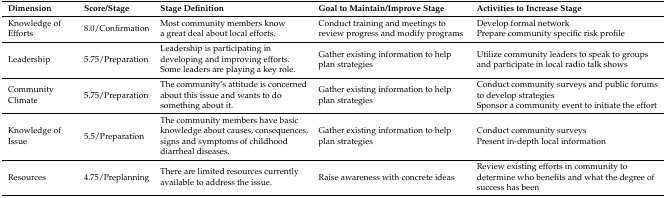
<table><thead><tr><td><b>Dimension</b></td><td><b>Score/Stage</b></td><td><b>Stage Definition</b></td><td><b>Goal to Maintain/Improve Stage</b></td><td><b>Activities to Increase Stage</b></td></tr></thead><tbody><tr><td>Knowledge of Efforts</td><td>8.0/Confirmation</td><td>Most community members know a great deal about local efforts.</td><td>Conduct training and meetings to review progress and modify programs</td><td>Develop formal networkPrepare community specific risk profile</td></tr><tr><td>Leadership</td><td>5.75/Preparation</td><td>Leadership is participating in developing and improving efforts. Some leaders are playing a key role.</td><td>Gather existing information to help plan strategies</td><td>Utilize community leaders to speak to groups and participate in local radio talk shows</td></tr><tr><td>Community Climate</td><td>5.75/Preparation</td><td>The community’s attitude is concerned about this issue and wants to do something about it.</td><td>Gather existing information to help plan strategies</td><td>Conduct community surveys and public forums to develop strategiesSponsor a community event to initiate the effort</td></tr><tr><td>Knowledge of Issue</td><td>5.5/Preparation</td><td>The community members have basic knowledge about causes, consequences, signs and symptoms of childhood diarrheal diseases.</td><td>Gather existing information to help plan strategies</td><td>Conduct community surveysPresent in-depth local information</td></tr><tr><td>Resources</td><td>4.75/Preplanning</td><td>There are limited resources currently available to address the issue.</td><td>Raise awareness with concrete ideas</td><td>Review existing efforts in community to determine who benefits and what the degree of success has been</td></tr></tbody></table>